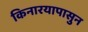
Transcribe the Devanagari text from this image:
किनारयापासुन